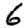
Digit: 6